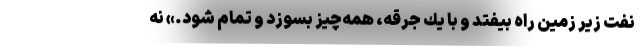
نفت زير زمين راه بيفتد و با يك جرقه، همه‌چيز بسوزد و تمام شود.» نه